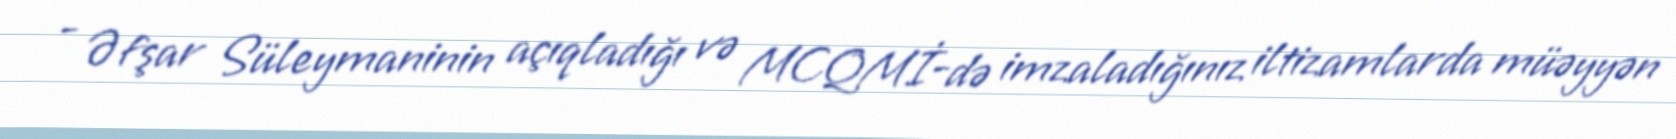
- Əfşar Süleymaninin açıqladığı və MCQMİ-də imzaladığınız iltizamlarda müəyyən